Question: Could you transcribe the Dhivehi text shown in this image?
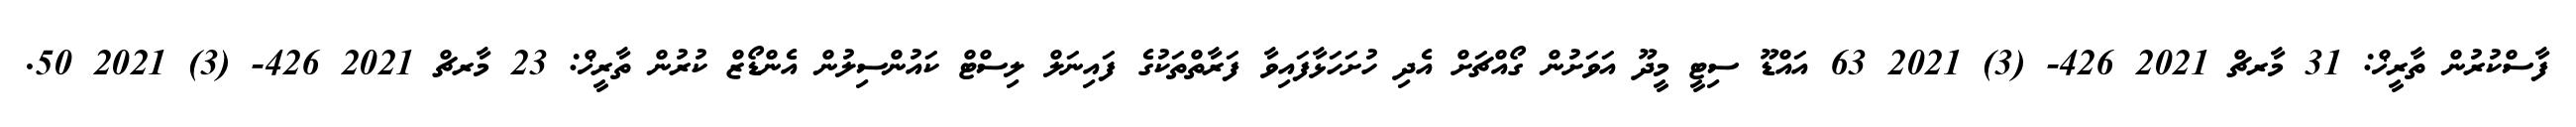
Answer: ފާސްކުރުން ތާރީޚް: 31 މާރޗް 2021 426- (3) 2021 63 އައްޑޫ ސިޓީ މީދޫ އަވަށުން ގޯއްޗަށް އެދި ހުށަހަޅާފައިވާ ފަރާތްތަކުގެ ފައިނަލް ލިސްޓް ކައުންސިލުން އެންޑޯޒް ކުރުން ތާރީޚް: 23 މާރޗް 2021 426- (3) 2021 50.